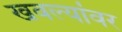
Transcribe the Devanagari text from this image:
खवल्यांवर